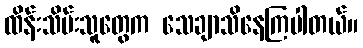
ထိန်းသိမ်းသူတွေက သေချာသိနေကြပါတယ်။